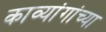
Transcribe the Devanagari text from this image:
काव्यांगांच्या